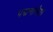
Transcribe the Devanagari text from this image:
पद्मनाभैया